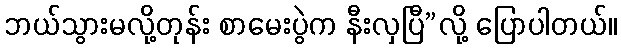
ဘယ်သွားမလို့တုန်း စာမေးပွဲက နီးလှပြီ”လို့ ပြောပါတယ်။